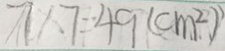
7 \times 7 = 4 9 ( c m ^ { 2 } )